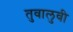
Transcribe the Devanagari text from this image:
तुवालुवी